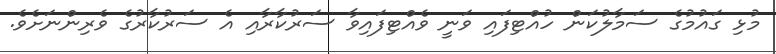
މުޅި ގައުމުގެ ސަމާލުކަން ހުއްޓިފައި ވަނީ ވެއްޓިފައިވާ ސަރުކާރާއި އެ ސަރުކާރުގެ ވެރިންނަށެވެ.